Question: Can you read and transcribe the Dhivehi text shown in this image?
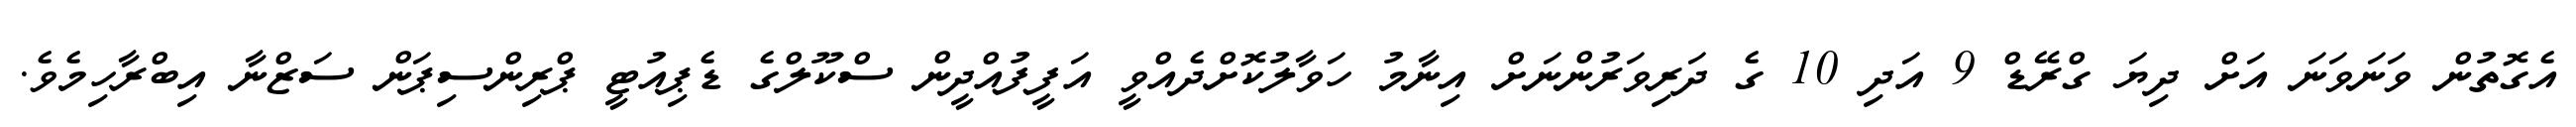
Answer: އެގޮތުން ވަނަވަނަ އަށް ދިޔަ ގްރޭޑް 9 އަދި 10 ގެ ދަރިވަރުންނަށް އިނާމު ހަވާލުކޮށްދެއްވީ އަފީފުއްދީން ސްކޫލްގެ ޑެޕިއުޓީ ޕްރިންސިޕަން ސަޒްނާ އިބްރާހިމެވެ.